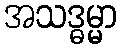
အသဒ္ဓမ္မာ